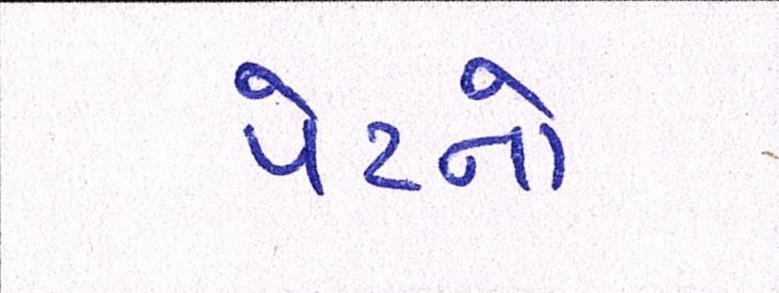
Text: પેટનો